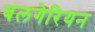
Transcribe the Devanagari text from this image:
बलगेरियन